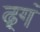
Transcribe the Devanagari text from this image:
ढ़्गं